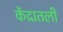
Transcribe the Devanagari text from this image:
केंद्रातली